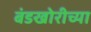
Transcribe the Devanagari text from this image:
बंडखोरीच्या